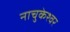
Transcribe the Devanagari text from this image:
नाचुकेश्वर